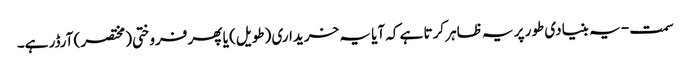
سمت - یہ بنیادی طور پر یہ ظاہر کرتا ہے کہ آیا یہ خریداری (طویل) یا پھر فروختی (مختصر) آرڈر ہے۔